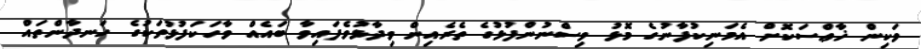
ވަކިން ޚާޢްސަކޮށް އެމަނިކުފާނުގެ މޮޅު ވިސްނުންފުޅުގެ ތެރެއިން ވިދާޅުވެފައިވާ ބައެއް ވާހަކަފުޅުތަކުގެ ހަނދާންތައް